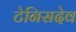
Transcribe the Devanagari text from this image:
टेनिसदेव